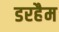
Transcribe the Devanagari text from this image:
डरहैम